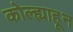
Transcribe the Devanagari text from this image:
कोल्ह्याहून